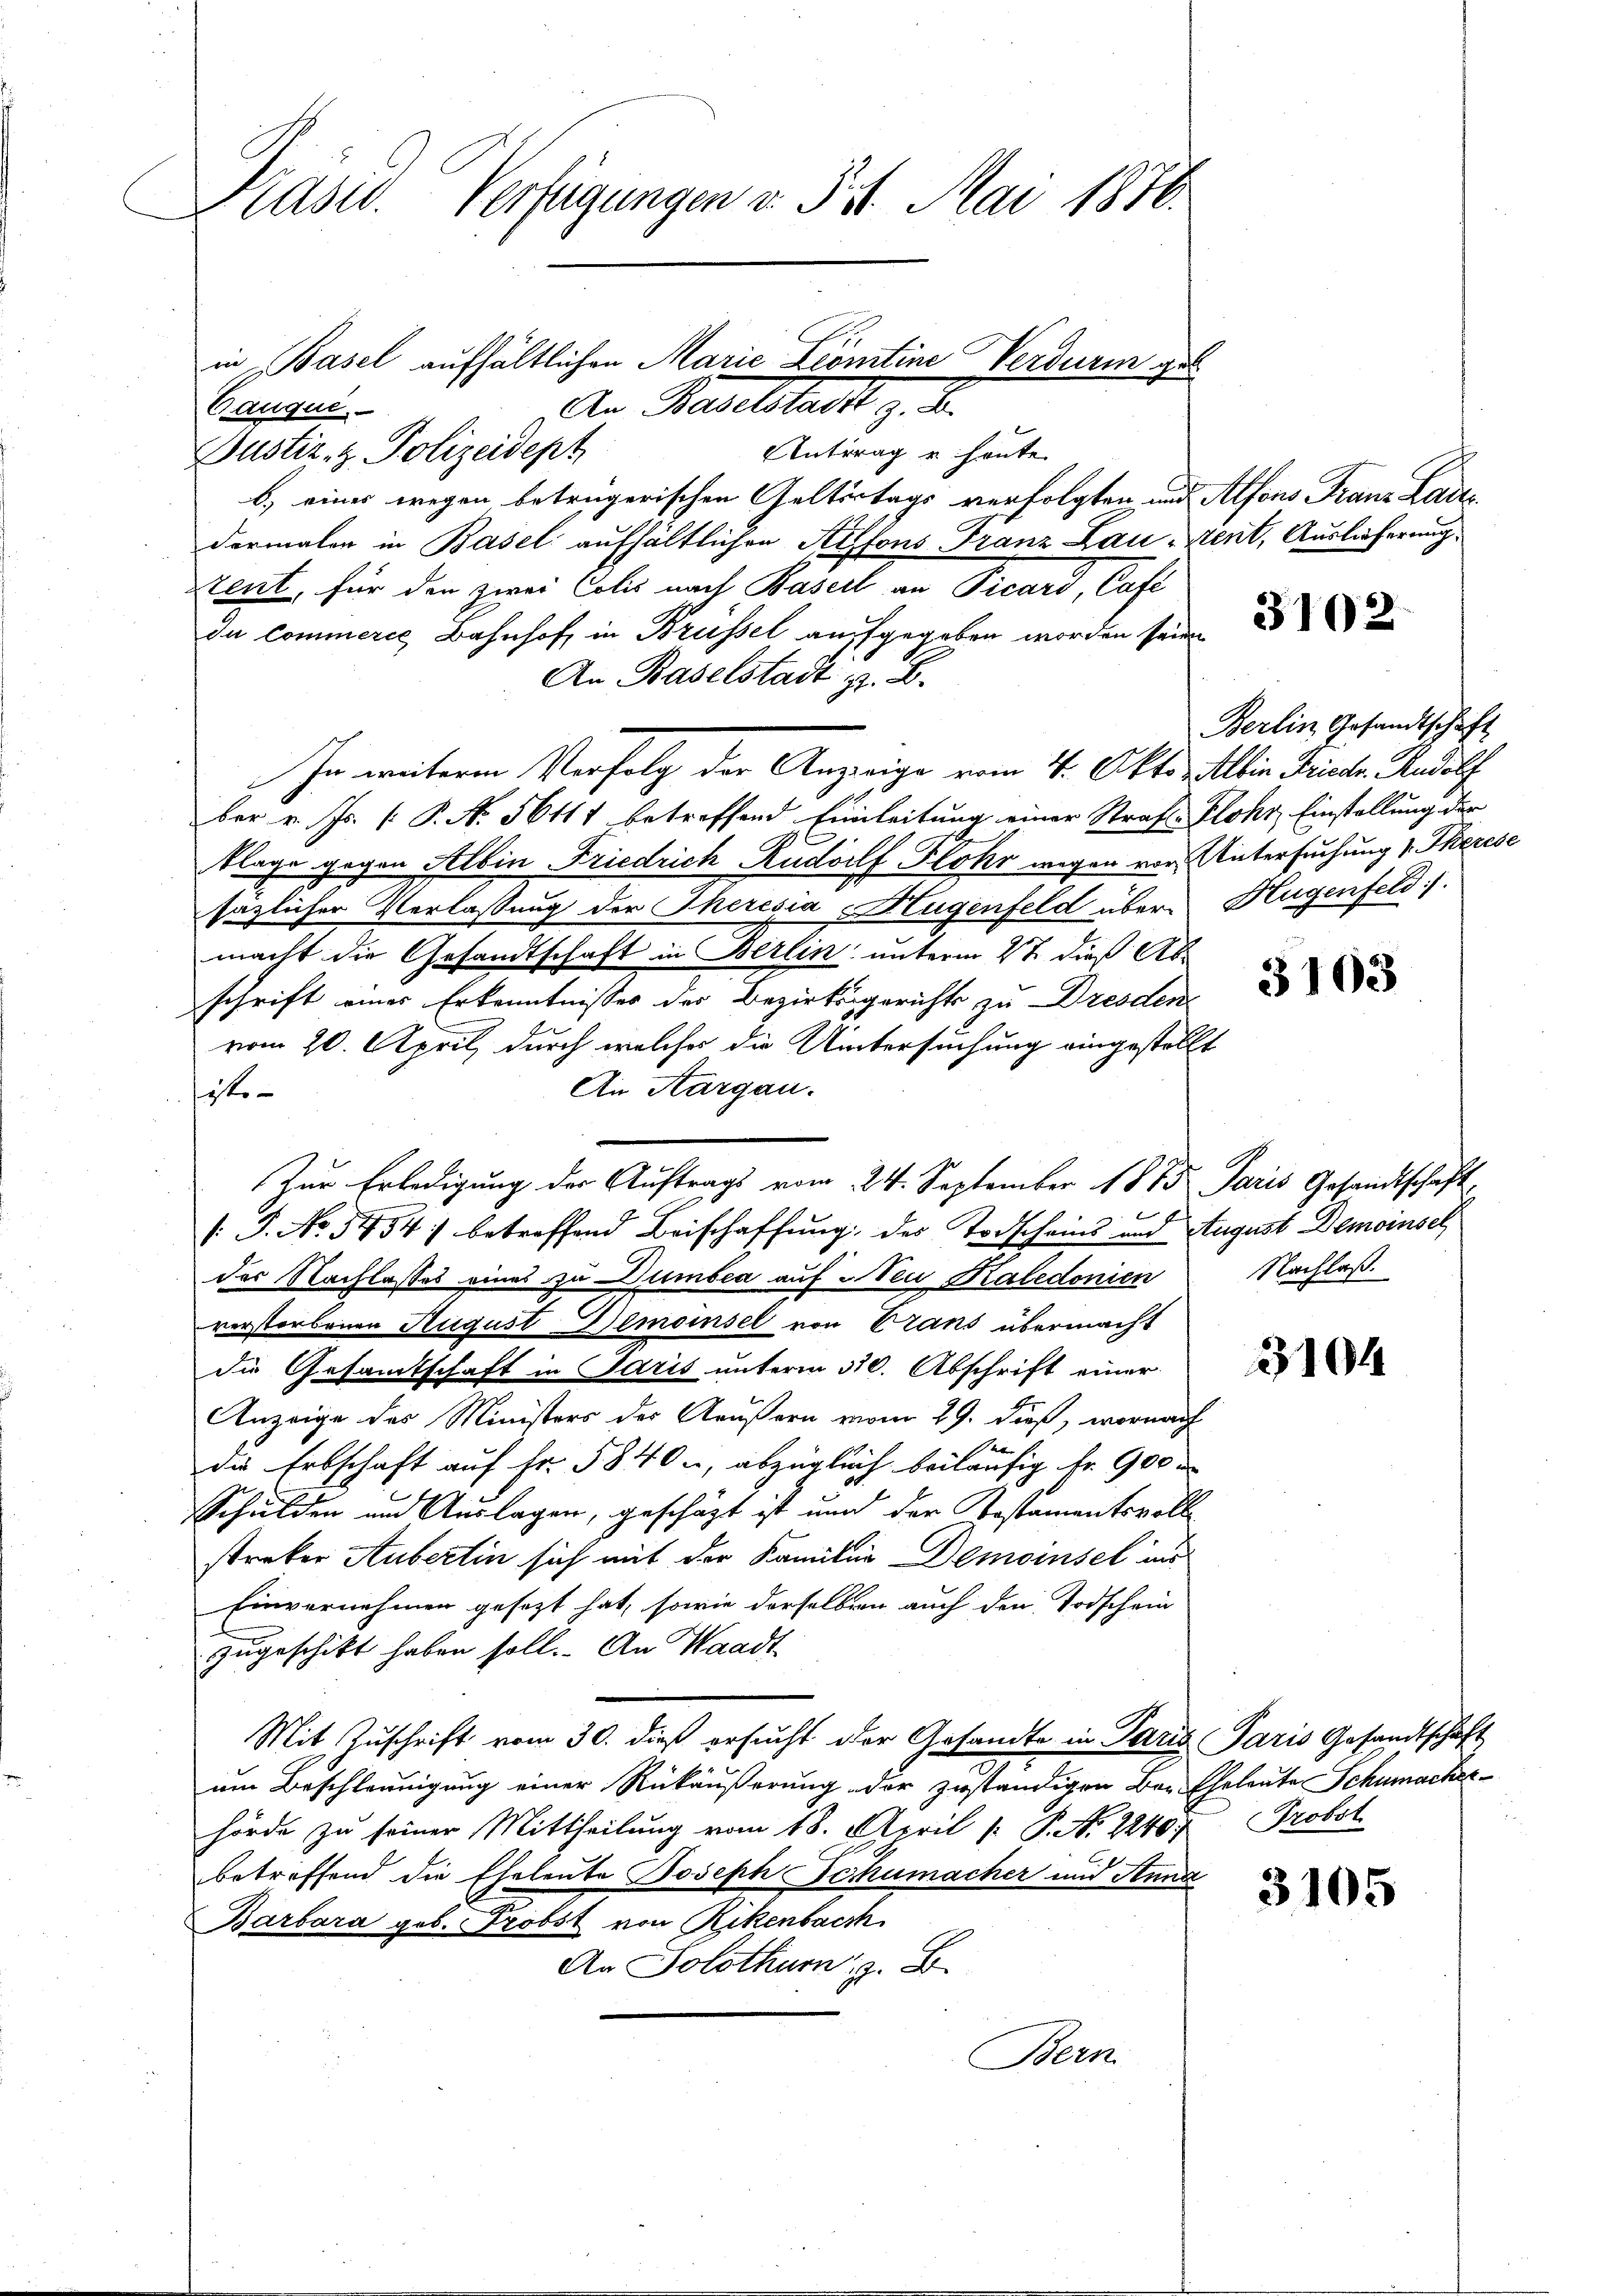
Präsid. Verfügungen v. § 21. Mai 1876.

An Baselstadt z. B.
Bauque.
Antrag und heute
Bustiz- & Polizeidept
b.) eines wegen betrügerischen Geltertags verfolgten und Alfons Franz Ladis
dormaler in Basel aufhältlichen Alfons Franz Lau-Kent, Auslieferung.
tent, für den zwei Colis nach Basel an Picard, Café
da commerce, Bahnhof in Brüssel aufgegeben worden seinen
An Baselstadt z. B.
In weiteren Verfolg der Anzeige vom 14. Okto Mein Frieder Rudolf
ber v. Js. [ P. N. 56111 betreffend Einleitung einer Strafs-Flohr, Einstellung der
klage gegen Albin Friedrich Rudolf Flohr wegen von Untersuchung v. Therese
sazlicher Verlassung der Theresia Hugenfeld über Hugenfeld.
macht die Gesandtschaft in Berlin unterm 2t dieß Ab-
schrift eines Erkenntnisses des Bezirksgerichts zu Dresden
vom 20. April, durch welches die Untersuchung eingestellt
An Aargau.
iste
/: P. No 3454) betreffend Beischaffung des Todscheins und August Demoinsel
des Nachlasses eines zu Dumbea auf Neu Katedonien
verstorbenen August Gemeinsel von Trans übermacht
die Gesamtschaft in Paris unterm 30. Abschrift einer
Anzeige des Ministers der Aeußern vom 29. dieß, wornach
aber
die Erbschaft auf Fr. 5840, abzüglich beiläufig fr. 900
Schulden und Auslagen, geschäzt ist und der Kostamentsvollstreker Aubertin sich mit der Kamilie Demoinsel ins
Einvernehmen gesezt hat, sowie derselben auch den Todschein
zugeschikt haben soll. An Waadt
Mit Zuschrift vom 30. dieß ersucht der Gesandte in Paris Paris Gesandtschaft
um Beschleunigung einer Rückäußerung der zuständigen Be- Eheleute Schumacherhörde zu seiner Mittheilung vom 18. April [ P. N. 2240. Probst
betreffend die Eheleute Joseph Schumacher und Anna
Barbara geb. Probst von Rikenbach
An Solothur z. B.
Bern.

in Basel aufhältlichen Marie Leontine Verdurm gel

Zur Erledigung der Auftrags vom 24. September 1875. Paris Gesandtschaft,

3102

Berlin Gesandtschaft

3163

Nachlaß.

3104

3105